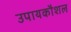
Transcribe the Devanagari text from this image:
उपायकौशल